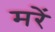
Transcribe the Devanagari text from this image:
मरें